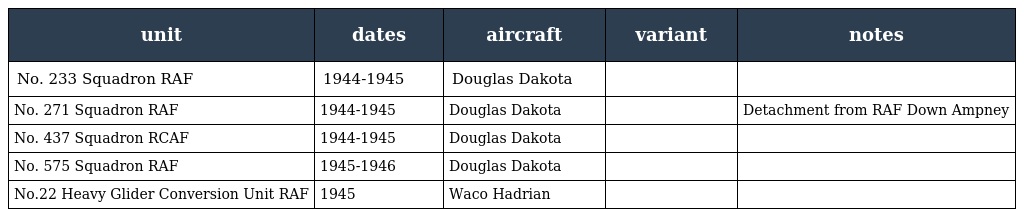
| unit | dates | aircraft | variant | notes |
 | --- | --- | --- | --- | --- |
 | No. 233 Squadron RAF | 1944-1945 | Douglas Dakota |  |  |
 | No. 271 Squadron RAF | 1944-1945 | Douglas Dakota |  | Detachment from RAF Down Ampney |
 | No. 437 Squadron RCAF | 1944-1945 | Douglas Dakota |  |  |
 | No. 575 Squadron RAF | 1945-1946 | Douglas Dakota |  |  |
 | No.22 Heavy Glider Conversion Unit RAF | 1945 | Waco Hadrian |  |  |